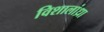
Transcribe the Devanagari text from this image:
विशालांध्रा